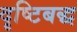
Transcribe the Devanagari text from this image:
दृष्टिबद्ध